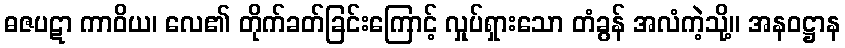
ဓဇပဋာ ကာဝိယ၊ လေ၏ တိုက်ခတ်ခြင်းကြောင့် လှုပ်ရှားသော တံခွန် အလံကဲ့သို့။ အနဝဋ္ဌာန